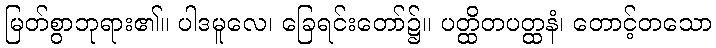
မြတ်စွာဘုရား၏။ ပါဒမူလေ၊ ခြေရင်းတော်၌။ ပတ္ထိတပတ္ထနံ၊ တောင့်တသော